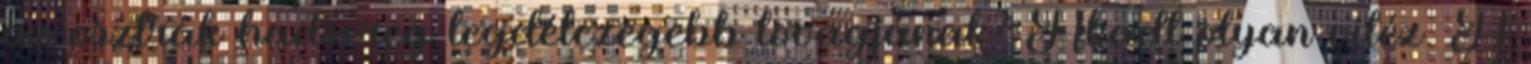
az osztrák hadsereg legdélczegebb lovagjának? Akadt olyan vitéz. A